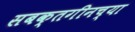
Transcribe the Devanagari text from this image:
सबक्तगीनच्या